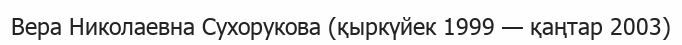
Вера Николаевна Сухорукова (қыркүйек 1999 — қаңтар 2003)